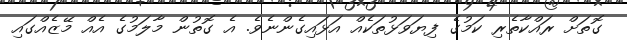
ގޮތަށް ރައްކާތެރި ކަމުގެ ފިޔަވަޅުތަކެއް އަޅައިގެންނެވެ. އެ ގޮތުން މާލަމުގެ އެއް މޭޒެއްގައި